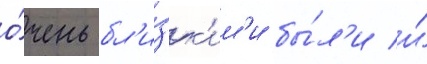
о́чень бл'и́зк'им'и бы́л'и и́